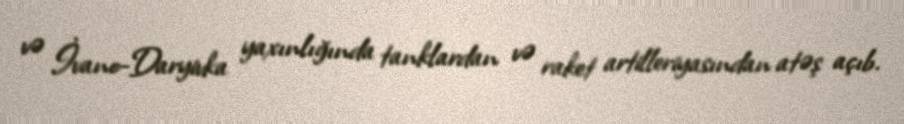
və İvano-Daryivka yaxınlığında tanklardan və raket artilleriyasından atəş açıb.